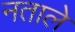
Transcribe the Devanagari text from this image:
नताले